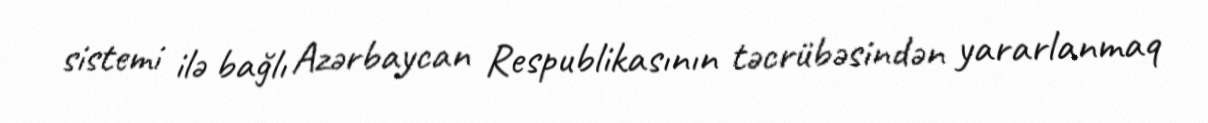
sistemi ilə bağlı Azərbaycan Respublikasının təcrübəsindən yararlanmaq